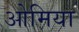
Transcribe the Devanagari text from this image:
ओमिया